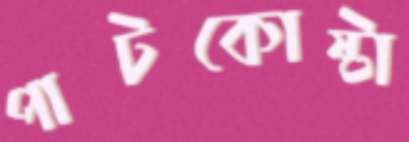
পাটকোষ্টা